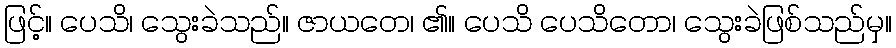
ဖြင့်။ ပေသိ၊ သွေးခဲသည်။ ဇာယတေ၊ ၏။ ပေသိ ပေသိတော၊ သွေးခဲဖြစ်သည်မှ။